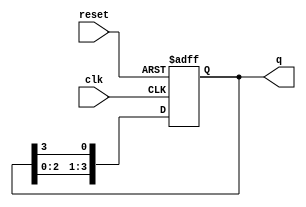
module ring_counter #(
    parameter N = 4  // Number of flip-flops in the ring counter
)(
    input wire clk,       // Clock signal
    input wire reset,     // Asynchronous reset signal
    output reg [N-1:0] q  // Output of the ring counter
);

// Initial state
initial begin
    q = 1'b1; // Set the first flip-flop to '1' and others to '0'
end

// Sequential logic for the ring counter
always @(posedge clk or posedge reset) begin
    if (reset) begin
        q <= 1'b1; // Reset the counter to initial state
    end else begin
        // Shift the '1' around the ring
        q <= {q[N-2:0], q[N-1]}; // Shift left and wrap around
    end
end

endmodule